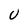
Character: U